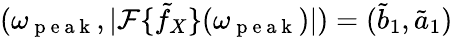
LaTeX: (\omega_{\mathrm{~p~e~a~k~}},|\mathcal F\{ \tilde{f}_{X}\} (\omega_{\mathrm{~p~e~a~k~}})|)=(\tilde{b}_{1},\tilde{a}_{1})